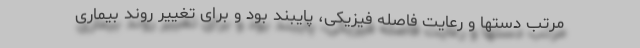
مرتب دستها و رعایت فاصله فیزیکی، پایبند بود و برای تغییر روند بیماری